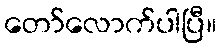
တော်လောက်ပါပြီ။